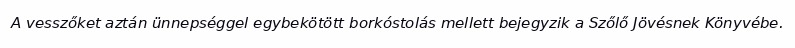
A vesszőket aztán ünnepséggel egybekötött borkóstolás mellett bejegyzik a Szőlő Jövésnek Könyvébe.